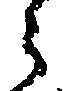
ら